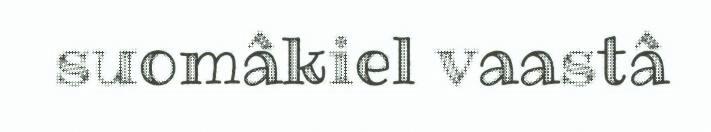
suomâkiel vaastâ